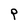
Character: P